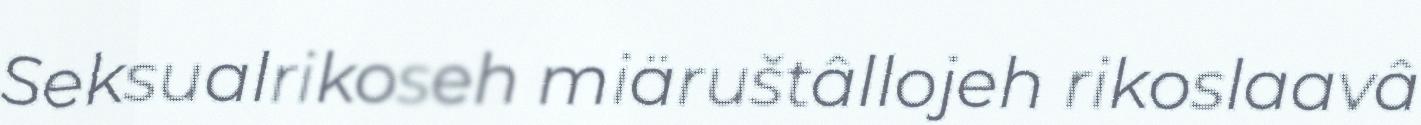
Seksualrikoseh miäruštâllojeh rikoslaavâ